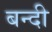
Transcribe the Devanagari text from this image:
बन्‍दी